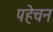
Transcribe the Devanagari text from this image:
पहेचन